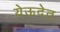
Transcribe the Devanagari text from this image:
येऊदेत